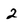
Character: 2